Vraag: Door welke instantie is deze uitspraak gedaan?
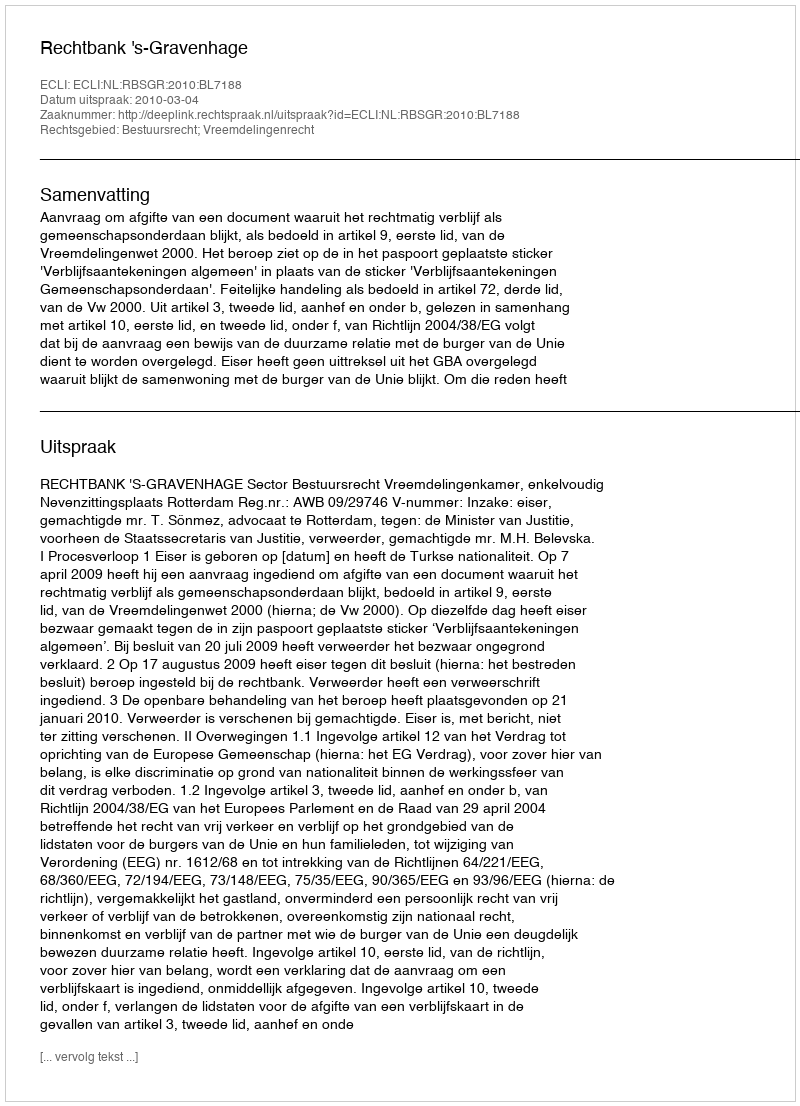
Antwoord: Rechtbank 's-Gravenhage